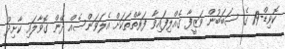
ކޮވިޑް-19 ގެ ސަބަބުން ވަޒީފާ ގެއްލިފައިވާ ފަރާތްތަކަށް އެލަވަންސެއް ދޭން ގޮވާލައި ކާށިދޫ